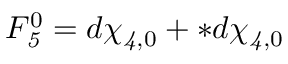
F _ { \it 5 } ^ { 0 } = d \chi _ { { \it 4 } , 0 } + * d \chi _ { { \it 4 } , 0 }